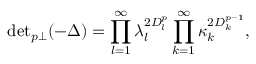
{ \operatorname * { d e t } } _ { p \perp } ( - \Delta ) = \prod _ { l = 1 } ^ { \infty } \lambda _ { l } ^ { 2 D _ { l } ^ { p } } \prod _ { k = 1 } ^ { \infty } \kappa _ { k } ^ { 2 D _ { k } ^ { p - 1 } } ,